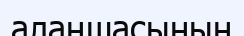
алаңшасының